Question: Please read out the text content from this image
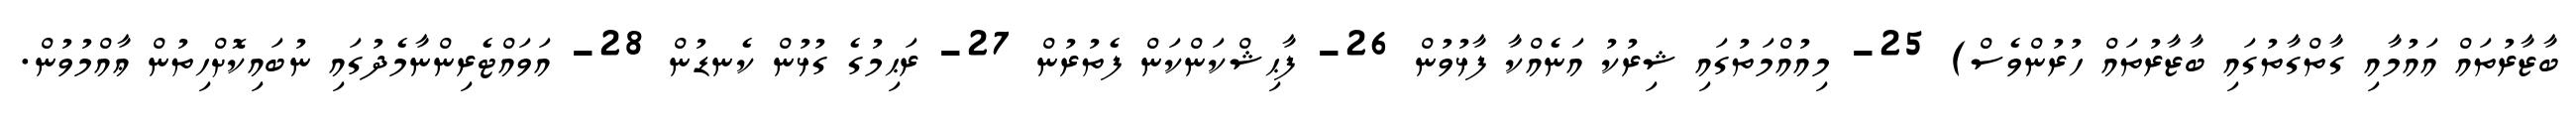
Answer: ބާޒާރުތައް އައުމާއި ގާތްގާތުގައި ބާޒާރުތައް ހުރުންވެސް) 25- މިއުއްމަތުގައި ޝިރުކު އަނެއްކާ ފާޅުވުން 26- ފާޙިޝްކަންކަން ފެތުރުން 27- ރަޙިމުގެ ގުޅުން ކެނޑުން 28- އަވައްޓެރިންނާމެދުގައި ނުބައިކޮށްހިތުން ޢާއްމުވުން.